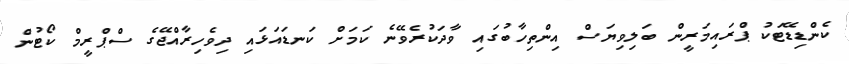
ކެންޑިޑޭޓަކު ޕްރައިމަރީން ބަލިވިޔަސް އިންތިހާބުގައި ވާދަކުރެވޭނެ ކަމަށް ކަނޑައަޅައި ދިވެހިރާއްޖޭގެ ސްޕްރީމް ކޯޓުން